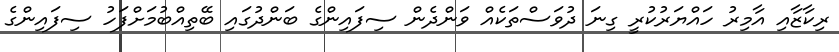
ރިކާޒާއި އާމިރު ހައްޔަރުކުރީ ގިނަ ދުވަސްތަކެއް ވަންދެން ސިފައިންގެ ބަންދުގައި ބޭތިއްބުމަށްފަހު ސިފައިންގެ